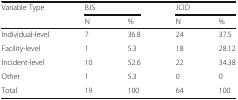
| <ROWSPAN=2> Variable Type | <COLSPAN=2> BJS | <COLSPAN=2> JCID |
 | N | % | N | % |
 | --- | --- | --- | --- | --- |
 | Individual-level | 7 | 36.8 | 24 | 37.5 |
 | Facility-level | 1 | 5.3 | 18 | 28.12 |
 | Incident-level | 10 | 52.6 | 22 | 34.38 |
 | Other | 1 | 5.3 | 0 | 0 |
 | Total | 19 | 100 | 64 | 100 |